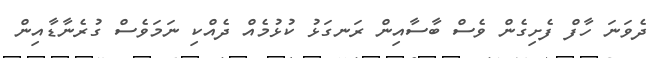
ދެވަނަ ހާފް ފެށިގެން ވެސް ބާސާއިން ރަނގަޅު ކުޅުމެއް ދެއްކި ނަމަވެސް ގުރެނާޑާއިން